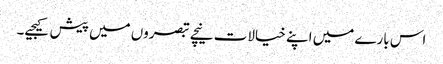
اس بارے میں اپنے خیالات نیچے تبصروں میں پیش کیجیے۔